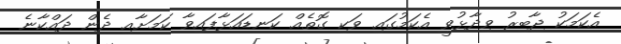
އެކަމަކު ޖާބިރު ވިދާޅުވީ އެކަމުގައި ވަކި ގޮތެއް ކަނޑައަޅާފައިވާ ކަމަށާއި ދެން ދައްކާނެ